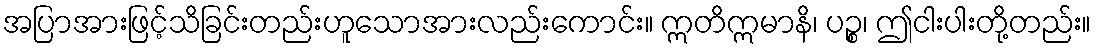
အပြာအားဖြင့်သိခြင်းတည်းဟူသောအားလည်းကောင်း။ ဣတိဣမာနိ၊ ပဉ္စ၊ ဤငါးပါးတို့တည်း။